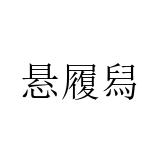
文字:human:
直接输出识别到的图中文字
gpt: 悬履舄